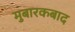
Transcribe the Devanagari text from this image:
मुबारकबाद